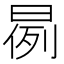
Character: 𣈙